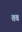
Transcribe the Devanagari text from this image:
तवं